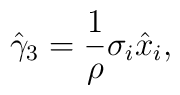
\hat{\gamma}_{3}=\frac{1}{\rho}\sigma_{i}\hat{x}_{i},